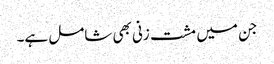
جن میں مشت زنی بھی شامل ہے۔